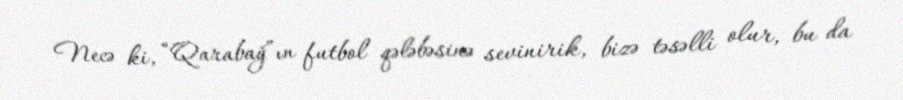
Necə ki, “Qarabağ”ın futbol qələbəsinə sevinirik, bizə təsəlli olur, bu da